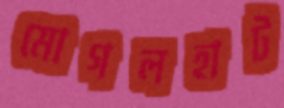
মোগলহাট